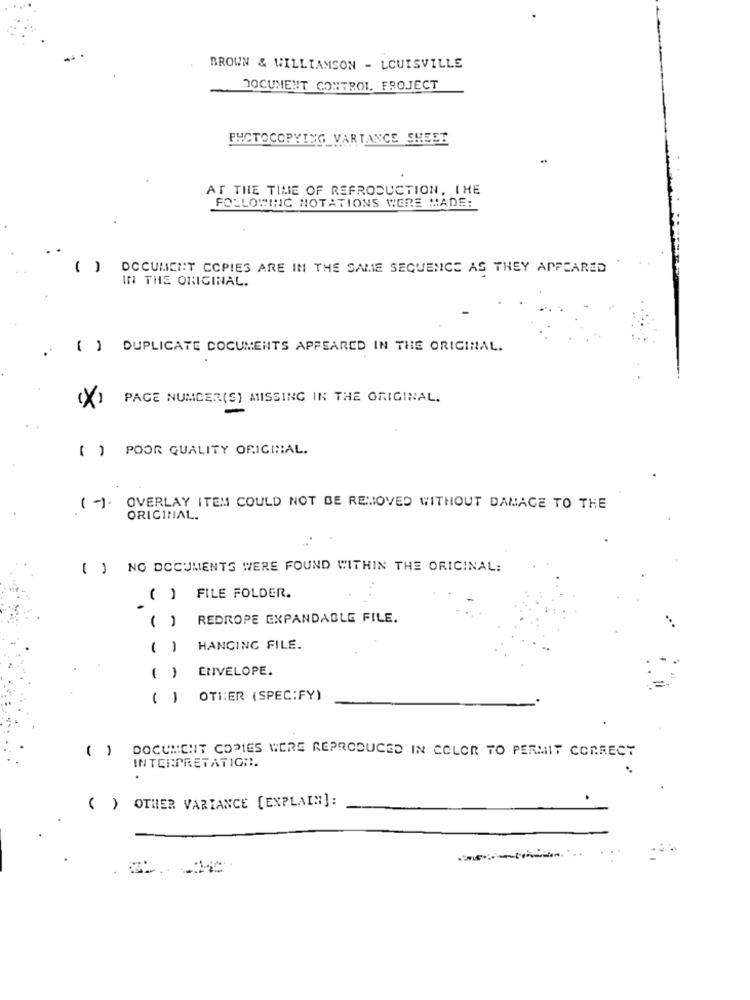
BROWN & WILLIAMSON - LOUISVILLE
DOCUMENT CONTROL. FROJECT
PHOTOCOPYING VARTANCE SHEET
..
AT THE TIME OF REPRODUCTION, THE
FOLLOWING NOTATIONS WERE MADE:
( )
DOCUMENT COPIES ARE IN THE SAME SEQUENCE AS THEY APPEARED
IN THE ORIGINAL.
() DUPLICATE DOCUMENTS APPEARED IN THE ORIGINAL.
PAGE NUMBER(S) MISSING IN THE ORIGINAL.
(X)
( ) POOR QUALITY ORIGINAL.
( -). OVERLAY ITEM COULD NOT BE REMOVED WITHOUT DAMAGE TO THE
ORIGINAL.
( ) NO DOCUMENTS WERE FOUND WITHIN THE ORIGINAL:
( ) FILE FOLDER.
( ) REDROPE EXPANDABLE FILE.
()
HANGING FILE.
ENVELOPE.
( )
( )
OTHER (SPECIFY)
( )
DOCUMENT COPIES WERE REPRODUCED IN COLOR TO PERMIT CORRECT
INTERPRETATION.
( ) OTHER VARIANCE [EXPLAIN]: